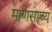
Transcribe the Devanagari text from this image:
माणसाच्य